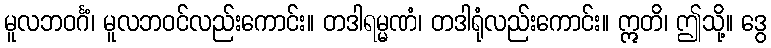
မူလဘဝင်္ဂံ၊ မူလဘဝင်လည်းကောင်း။ တဒါရမ္မဏံ၊ တဒါရုံလည်းကောင်း။ ဣတိ၊ ဤသို့။ ဒွေ